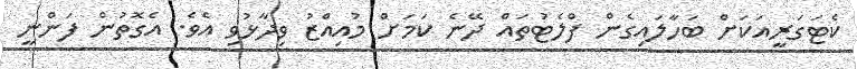
ކެޓަގަރީއަކަށް ބަހާލައިގެން ފްލެޓުތައް ދޭނެ ކަމަށް މުއިއްޒު ވިދާޅުވި އެވެ. އެގޮތުން ފަންނީ